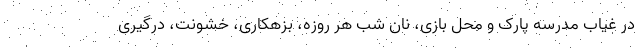
در غیاب مدرسه پارک و محل بازی، نان شب هر روزه، بزهکاری، خشونت، درگیری